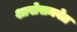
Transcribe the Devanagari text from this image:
शाखेसमवेत